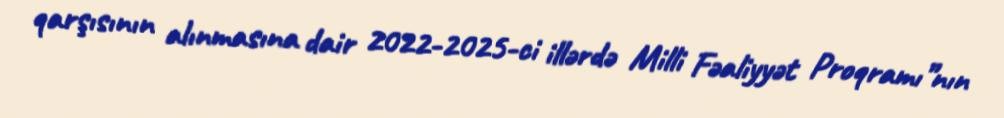
qarşısının alınmasına dair 2022-2025-ci illərdə Milli Fəaliyyət Proqramı”nın